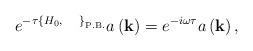
LaTeX: \begin{align*}e^{-\tau\left\{H_{0},\;\;\;\;\;\right\}_{\rm P.B.}}a\left({\bf k}\right)=e^{-i\omega\tau}a\left({\bf k}\right),\end{align*}